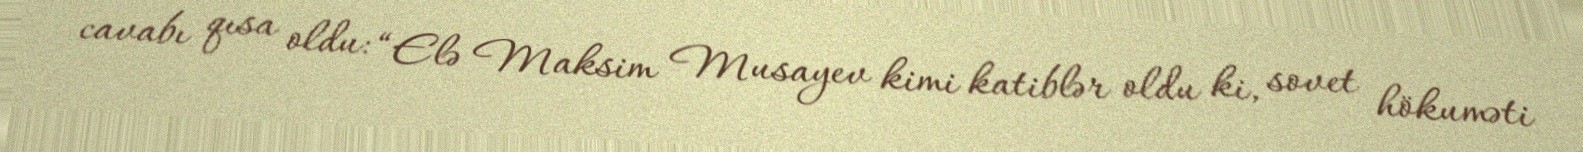
cavabı qısa oldu: “Elə Maksim Musayev kimi katiblər oldu ki, sovet hökuməti